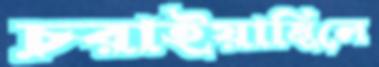
চরাইয়াছিলে